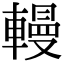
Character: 䡬